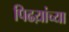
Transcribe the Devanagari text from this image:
पिढय़ांच्या